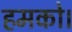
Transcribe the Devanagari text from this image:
हमको।